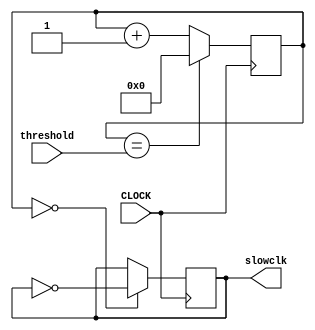
`timescale 1ns / 1ps
//////////////////////////////////////////////////////////////////////////////////
// Company: 
// Engineer: 
// 
// Design Name: 
// Module Name: clk20k
// Project Name: 
// Target Devices: 
// Tool Versions: 
// Description: 
// 
// Dependencies: 
// 
// Revision:
// Revision 0.01 - File Created
// Additional Comments:
// 
//////////////////////////////////////////////////////////////////////////////////


module clk(input CLOCK, input [31:0] threshold, output reg slowclk = 0);
   
    reg [31:0] count = 0;
    always @ (posedge CLOCK) begin
        count <= (count == threshold) ? 0 : count + 1;
        slowclk <= (count == 0) ? ~slowclk : slowclk;
    end
    
endmodule